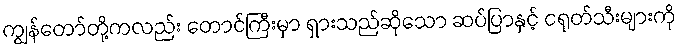
ကျွန်တော်တို့ကလည်း တောင်ကြီးမှာ ရှားသည်ဆိုသော ဆပ်ပြာနှင့် ငရုတ်သီးများကို